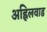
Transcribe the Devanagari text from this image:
अह्निलवाड